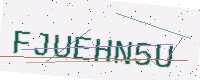
Text: FJUEHN5U